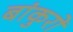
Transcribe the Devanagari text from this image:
बांकुरों